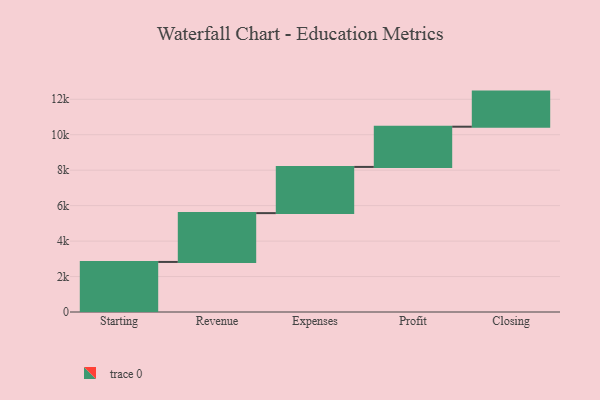
{"axis": {"x": "Step", "y": "Value"}, "legend": [""], "data": [{"x": "Starting", "y": 2824.0, "type": ""}, {"x": "Revenue", "y": 2754.0, "type": ""}, {"x": "Expenses", "y": 2606.0, "type": ""}, {"x": "Profit", "y": 2269.0, "type": ""}, {"x": "Closing", "y": 1980.0, "type": ""}]}